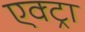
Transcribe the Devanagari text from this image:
एक्ट्रा